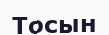
Тосын